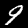
Label: 9